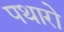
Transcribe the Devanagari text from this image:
पथारो